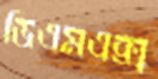
ডিএমএক্স